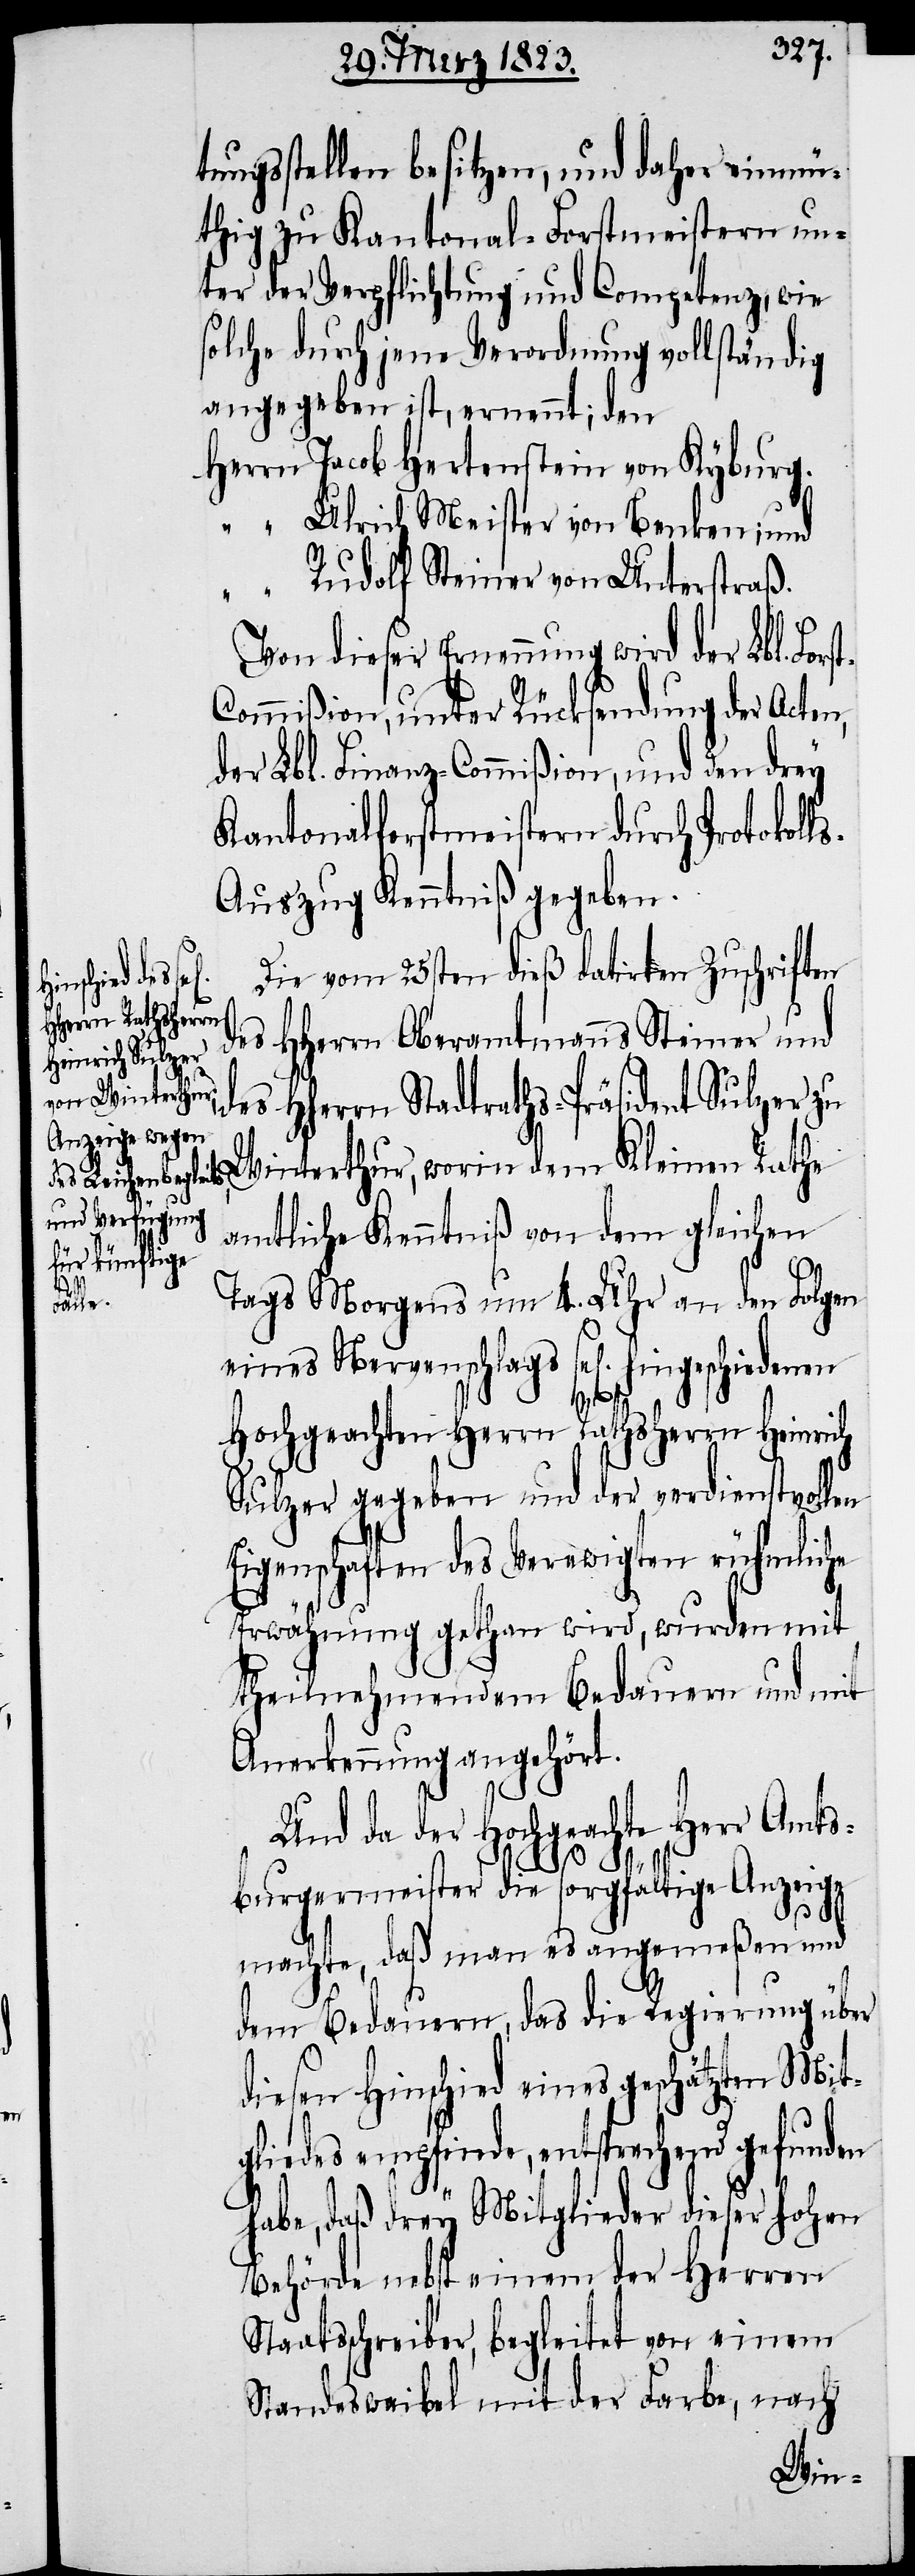
tungsstellen besitzen, und daher einmü¬
thig zu Kantonal-Forstmeistern un¬
ter der Verpflichtung und Competenz, wie
solche durch jene Verordnung vollständig
angegeben ist, ernennt; den
Jacob Hertenstein von Kyburg.
Ulrich Meister von Benken; und
Rudolf Steiner von Unterstraß.
Von dieser Ernennung wird der Lbl. For¬
ommißion, unter Rücksendung der Acten,
der Lbl. Finanz-Commißion, und den drey
Kantonalforstmeistern durch Protokoll¬
s-Auszug Kenntniß gegeben.
Die vom 25sten dieß datirten Zuschriften
des HHerrn Oberamtmanns Steiner und
des Hherrn Stadtraths-Präsident Sulzer zu
Winterthur, worin dem Kleinen Rathe
amtliche Kenntniß von dem gleichen
st-C¬
Tags Morgens um 4. Uhr an den Folgen
eines Nervenschlags sel[ig] hingeschiedenen
Hochgeachten Herrn Rathsherrn Heinrich
Sulzer gegeben und der verdienstvollen
Eigenschaften des Verewigten rühmliche
Erwähnung gethan wird, wurden mit
theilnehmendem Bedauern und mit
Anerkennung angehört.
Und da der Hochgeachte Herr Amts¬
burgermeister die sorgfältige Anzeige
machte, daß man es angemeßen und
dem Bedauern, das die Regierung über
diesen Hinschied eines geschätzten Mit¬
gliedes empfinde, entsprechend gefunden
habe, daß drey Mitglieder dieser hohen
Behörde nebst einem der Herren
Staatsschreiber, begleitet von einem
Standeswaibel mit der Farbe, nach